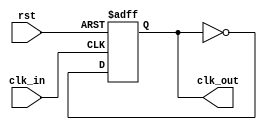
module MasterClockGenerator(
    input rst,
    input clk_in,
    output reg clk_out
);

always @(posedge clk_in or posedge rst) begin
    if (rst) begin
        clk_out <= 1'b0;
    end else begin
        clk_out <= ~clk_out;
    end
end

endmodule